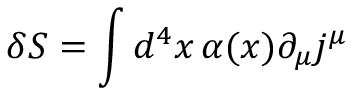
\delta S = \int d ^ { 4 } x \, \alpha ( x ) \partial _ { \mu } j ^ { \mu }